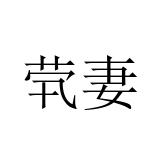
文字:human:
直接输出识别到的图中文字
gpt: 茕妻